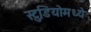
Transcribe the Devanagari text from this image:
स्टु़डियोमध्ये